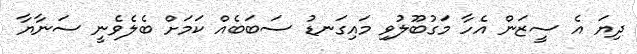
ދިޔަ އެ ސީޒަން އެހާ މަގުބޫލުވި މައިގަނޑު ސަބަބެއް ކަމަށް ބެލެވެނީ ސަނާޔާ